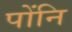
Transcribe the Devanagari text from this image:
पोंनि